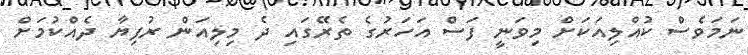
ނަމަވެސް ކުއްލިއަކަށް މިވަނީ ފަސް އަހަރުގެ ތެރޭގައި ދެ މިލިއަން ރުފިޔާ ދެއްކުމަށް